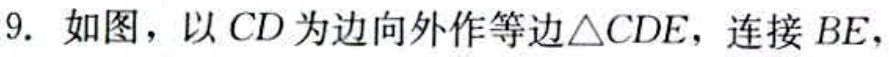
9. 如图，以 \(CD\) 为边向外作等边\(\triangle CDE\)，连接 \(BE\)，